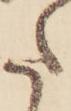
た